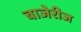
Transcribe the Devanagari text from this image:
बाजेरीज